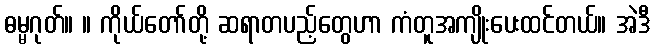
ဓမ္မဂုတ်။ ။ ကိုယ်တော်တို့ ဆရာတပည့်တွေဟာ ကံတူအကျိုးပေးထင်တယ်။ အဲဒီ